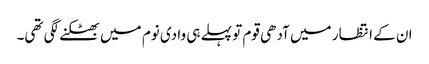
ان کے انتظار میں آدھی قوم تو پہلے ہی وادی نوم میں بھٹکنے لگی تھی۔